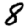
Digit: 8